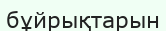
бұйрықтарын